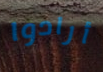
أرادوا